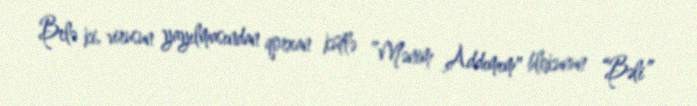
Belə ki, virusun yayılmasından qorxan kütlə ”Mənim Addımım" blokunun “Bəli”